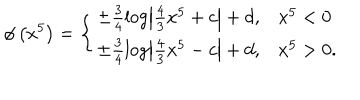
\phi \left( x ^ { 5 } \right) = \left\{ \begin{array} { l l } { { \pm \frac { 3 } { 4 } \log \left| \frac { 4 } { 3 } x ^ { 5 } + c \right| + d , } } & { { x ^ { 5 } < 0 } } \\ { { \pm \frac { 3 } { 4 } \log \left| \frac { 4 } { 3 } x ^ { 5 } - c \right| + d , } } & { { x ^ { 5 } > 0 . } } \\ \end{array} \right.